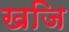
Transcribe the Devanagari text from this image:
खजि